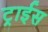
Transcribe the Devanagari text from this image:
ट्राईस